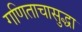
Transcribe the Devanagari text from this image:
गणिताचासुद्धा